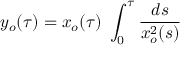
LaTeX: y _ { o } ( \tau ) = x _ { o } ( \tau ) \ \int _ { 0 } ^ { \tau } { \frac { d s } { x _ { o } ^ { 2 } ( s ) } }